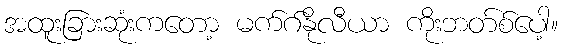
အထူးခြားဆုံးကတော့ မက်ဂ်နိုလီယာ ကိုးဘတ်စ်ပေါ့။